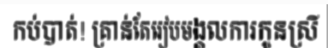
កប់បាត់! គ្រាន់តែរៀបមង្គលការកូនស្រី